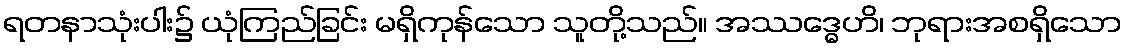
ရတနာသုံးပါး၌ ယုံကြည်ခြင်း မရှိကုန်သော သူတို့သည်။ အဿဒ္ဓေဟိ၊ ဘုရားအစရှိသော